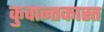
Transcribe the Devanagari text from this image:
कुवान्तकास्त